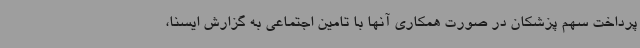
پرداخت سهم پزشکان در صورت همکاری آنها با تامین اجتماعی به گزارش ایسنا،